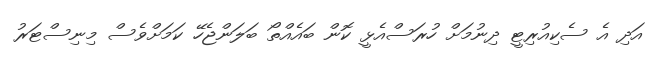
އަދި އެ ސެކިއުރިޓީ ދިނުމަށް ހުރަސްއެޅީ ކޮން ބައެއްތޯ ބަލަންޖެހޭ ކަމަށްވެސް މިނިސްޓަރު